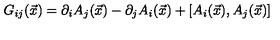
G _ { i j } ( \vec { x } ) = \partial _ { i } A _ { j } ( \vec { x } ) - \partial _ { j } A _ { i } ( \vec { x } ) + [ A _ { i } ( \vec { x } ) , A _ { j } ( \vec { x } ) ]